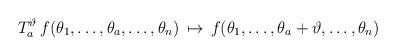
LaTeX: \begin{align*}T_{a}^{\vartheta }\,f(\theta _{1},\ldots ,\theta _{a},\ldots ,\theta_{n})\,\mapsto \,f(\theta _{1},\ldots ,\theta _{a}+\vartheta ,\ldots ,\theta_{n})\,\,\,\end{align*}